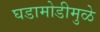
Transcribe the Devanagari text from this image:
घडामोडीमुळे